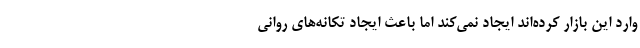
وارد این بازار کرده‌اند ایجاد نمی‌کند اما باعث ایجاد تکانه‌های روانی